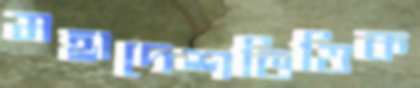
মহাদেশভিত্তিক